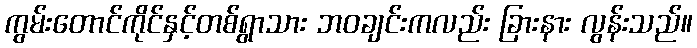
ကွမ်းတောင်ကိုင်နှင့်တစ်ရွာသား ဘဝချင်းကလည်း ခြားနား လွန်းသည်။